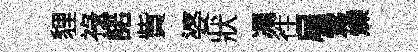
貍祿諾貲婆狀馮徃扉鶯爍